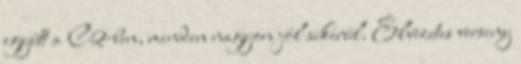
együtt a C2-ben, minden nagyon jól sikerül. Élvezetes verseny